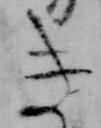
き